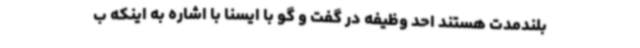
بلندمدت‌ هستند احد وظیفه در گفت و گو با ایسنا با اشاره به اینکه ب